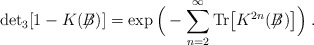
\begin{align*}\mbox{det}_3[1-K(\not{\!\!B})] =\exp\Big(-\sum_{n=2}^\infty \mbox{Tr}\big[K^{2n}(\not{\!\!B} )\big] \Big) \; .\end{align*}